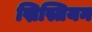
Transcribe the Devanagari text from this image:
ख्रिस्तियन